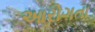
આરોગતા